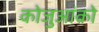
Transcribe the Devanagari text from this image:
कोजुआंको